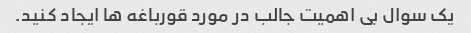
یک سوال بی اهمیت جالب در مورد قورباغه ها ایجاد کنید.